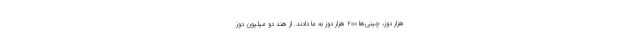
هزار دوز، چینی‌ها ۲۰۰ هزار دوز به ما دادند. از هند دو میلیون دوز